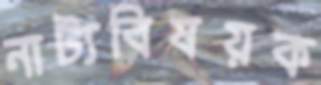
নাট্যবিষয়ক